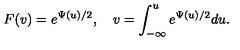
F ( v ) = e ^ { \Psi ( u ) / 2 } , \quad v = \int _ { - \infty } ^ { u } e ^ { \Psi ( u ) / 2 } d u .